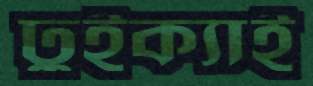
ঢুইক্যাই